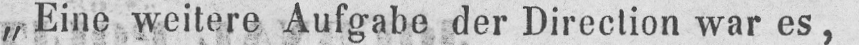
„Eine weitere Aufgabe der Direction war es,